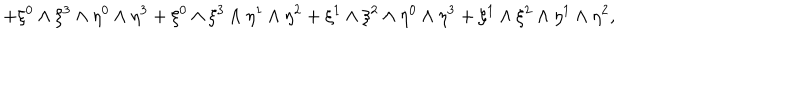
LaTeX: + \xi ^ { 0 } \wedge \xi ^ { 3 } \wedge \eta ^ { 0 } \wedge \eta ^ { 3 } + \xi ^ { 0 } \wedge \xi ^ { 3 } \wedge \eta ^ { 1 } \wedge \eta ^ { 2 } + \xi ^ { 1 } \wedge \xi ^ { 2 } \wedge \eta ^ { 0 } \wedge \eta ^ { 3 } + \xi ^ { 1 } \wedge \xi ^ { 2 } \wedge \eta ^ { 1 } \wedge \eta ^ { 2 } ,